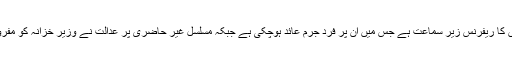
واضح رہے کہ وزیر خزانہ اسحاق ڈار کے خلاف احتساب عدالت میں آمدن سے زائد اثاثوں کا ریفرنس زیر سماعت ہے جس میں ان پر فرد جرم عائد ہوچکی ہے جبکہ مسلسل غیر حاضری پر عدالت نے وزیر خزانہ کو مفرور قرار دیتے ہوئے انہیں اشتہاری قرار دینے کی کارروائی شروع کرنے کا حکم دیا ہے۔